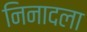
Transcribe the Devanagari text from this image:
निनादला